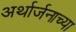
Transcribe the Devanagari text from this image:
अर्थार्जनाच्या